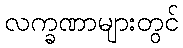
လက္ခဏာများတွင်